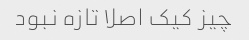
چیز کیک اصلا تازه نبود